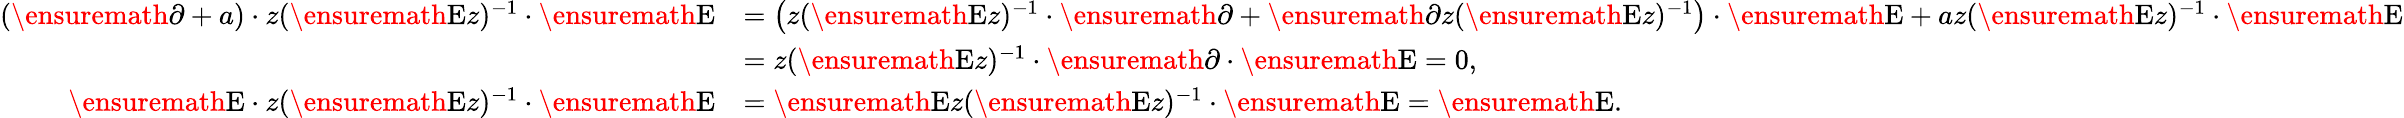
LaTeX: \begin{array}{rl}{(\ensuremath{\partial}+a)\cdot z(\ensuremath{{\mathrm{E}}}{z})^{-1}\cdot\ensuremath{{\mathrm{E}}}}&{=\left(z(\ensuremath{{\mathrm{E}}}{z})^{-1}\cdot\ensuremath{\partial}+\ensuremath{\partial}{z}(\ensuremath{{\mathrm{E}}}{z})^{-1}\right)\cdot\ensuremath{{\mathrm{E}}}+az(\ensuremath{{\mathrm{E}}}{z})^{-1}\cdot\ensuremath{{\mathrm{E}}}}\\ &{=z(\ensuremath{{\mathrm{E}}}{z})^{-1}\cdot\ensuremath{\partial}\cdot\ensuremath{{\mathrm{E}}}=0,}\\ {\ensuremath{{\mathrm{E}}}\cdot z(\ensuremath{{\mathrm{E}}}{z})^{-1}\cdot\ensuremath{{\mathrm{E}}}}&{=\ensuremath{{\mathrm{E}}}{z}(\ensuremath{{\mathrm{E}}}{z})^{-1}\cdot\ensuremath{{\mathrm{E}}}=\ensuremath{{\mathrm{E}}}.}\end{array}